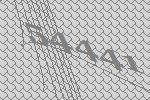
54441